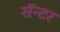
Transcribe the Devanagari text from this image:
सॅन्टर